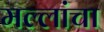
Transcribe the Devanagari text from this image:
मल्लांचा